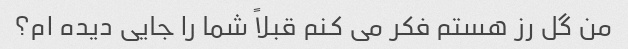
من گل رز هستم فکر می کنم قبلاً شما را جایی دیده ام؟